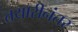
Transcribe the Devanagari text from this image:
तयारीनंतर